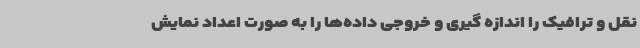
نقل و ترافیک را اندازه گیری و خروجی داده‌ها را به صورت اعداد نمایش